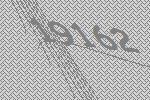
19162